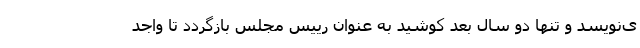
ی‌نویسد و تنها دو سال بعد کوشید به عنوان رییس مجلس بازگردد تا واجد